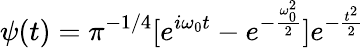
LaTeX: \psi(t)=\pi^{-1/4}[e^{i\omega_{0}t}-e^{-\frac{\omega_{0}^{2}}{2}}]e^{-\frac{t^{2}}{2}}